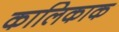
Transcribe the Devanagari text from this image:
कालिकाक